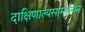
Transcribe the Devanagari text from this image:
दाक्षिणात्यसामान्येन